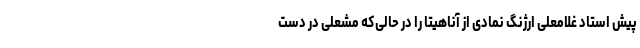
پیش استاد غلامعلی ارژنگ نمادی از آناهیتا را در حالی‌که مشعلی در دست